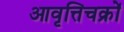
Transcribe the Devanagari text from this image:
आवृत्तिचक्रों